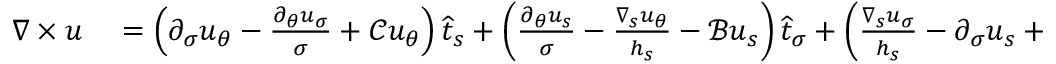
\begin{array} { r l } { \nabla \times u } & { { } = \left( \partial _ { \sigma } u _ { \theta } - \frac { \partial _ { \theta } u _ { \sigma } } { \sigma } + \mathcal { C } { u _ { \theta } } \right) \widehat { t } _ { s } + \left( \frac { \partial _ { \theta } u _ { s } } { \sigma } - \frac { \nabla _ { s } u _ { \theta } } { h _ { s } } - \mathcal { B } u _ { s } \right) \widehat { t } _ { \sigma } + \left( \frac { \nabla _ { s } u _ { \sigma } } { h _ { s } } - \partial _ { \sigma } u _ { s } + \mathcal { A } u _ { s } \right) \widehat { t } _ { \theta } . } \end{array}